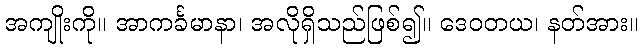
အကျိုးကို။ အာကင်္ခမာနာ၊ အလိုရှိသည်ဖြစ်၍။ ဒေဝတယ၊ နတ်အား။